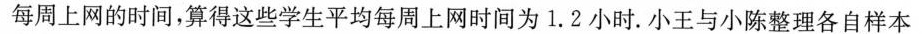
每周上网的时间，算得这些学生平均每周上网时间为1.2小时.小王与小陈整理各自样本